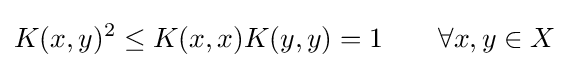
K(x,y)^{2}\leq K(x,x)K(y,y)=1\qquad \forall x,y\in X